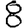
Digit: 8